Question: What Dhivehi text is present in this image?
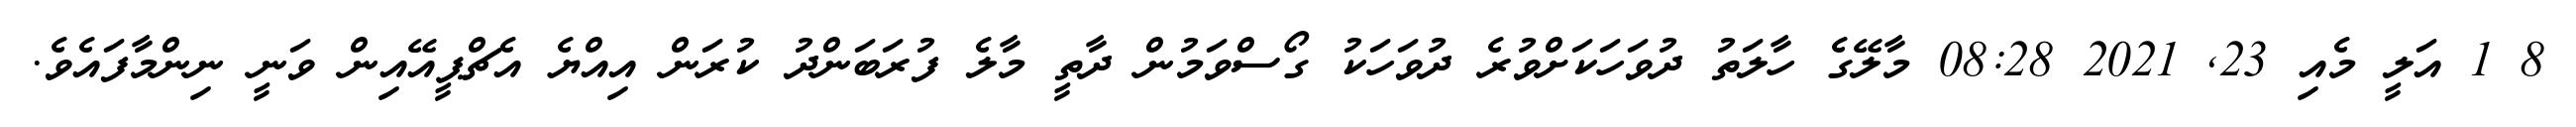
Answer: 8 1 އަލީ މެއި 23, 2021 08:28 މާލޭގެ ހާލަތު ދުވަހަކަށްވުރެ ދުވަހަކު ގޯސްވަމުން ދާތީ މާލެ ފުރަބަންދު ކުރަން އިއްޔެ އެޗްޕީއޭއިން ވަނީ ނިންމާފައެވެ.